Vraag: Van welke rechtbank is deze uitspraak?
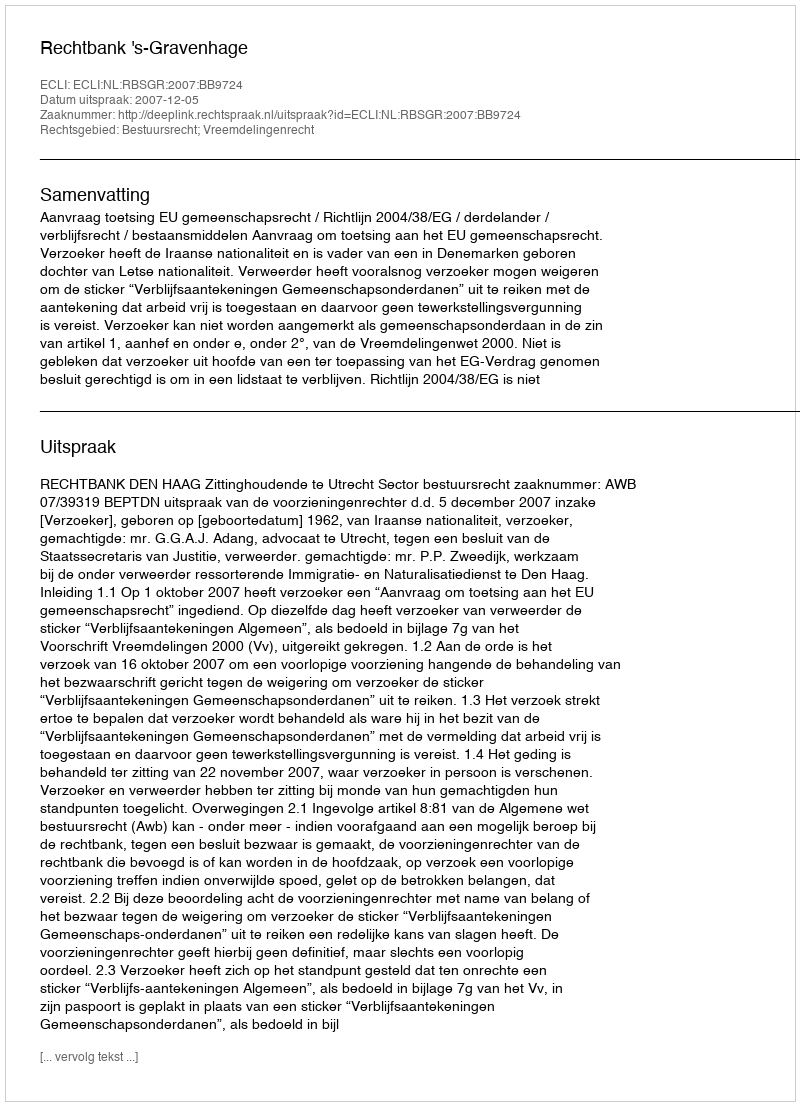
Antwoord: Rechtbank 's-Gravenhage